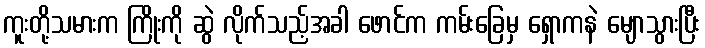
ကူးတို့သမားက ကြိုးကို ဆွဲ လိုက်သည့်အခါ ဖောင်က ကမ်းခြေမှ ရှောကနဲ မျောသွားပြီး